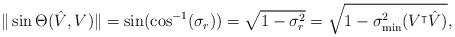
LaTeX: \begin{align*}\|\sin\Theta(\hat V, V)\| = \sin (\cos^{-1}(\sigma_r)) = \sqrt{1 - \sigma_r^2} = \sqrt{1 - \sigma_{\min}^2(V^{\intercal}\hat V)},\end{align*}